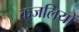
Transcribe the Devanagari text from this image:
कजलियों